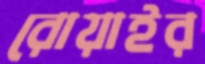
রোয়াইর